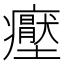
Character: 𭼶